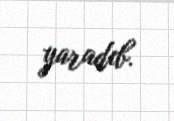
yaradıb.